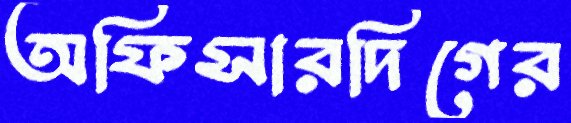
অফিসারদিগের